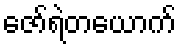
ဇော်ရဲတယောက်